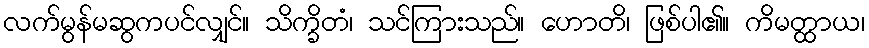
လက်မွန်မဆွကပင်လျှင်။ သိက္ခိတံ၊ သင်ကြားသည်။ ဟောတိ၊ ဖြစ်ပါ၏။ ကိမတ္ထာယ၊